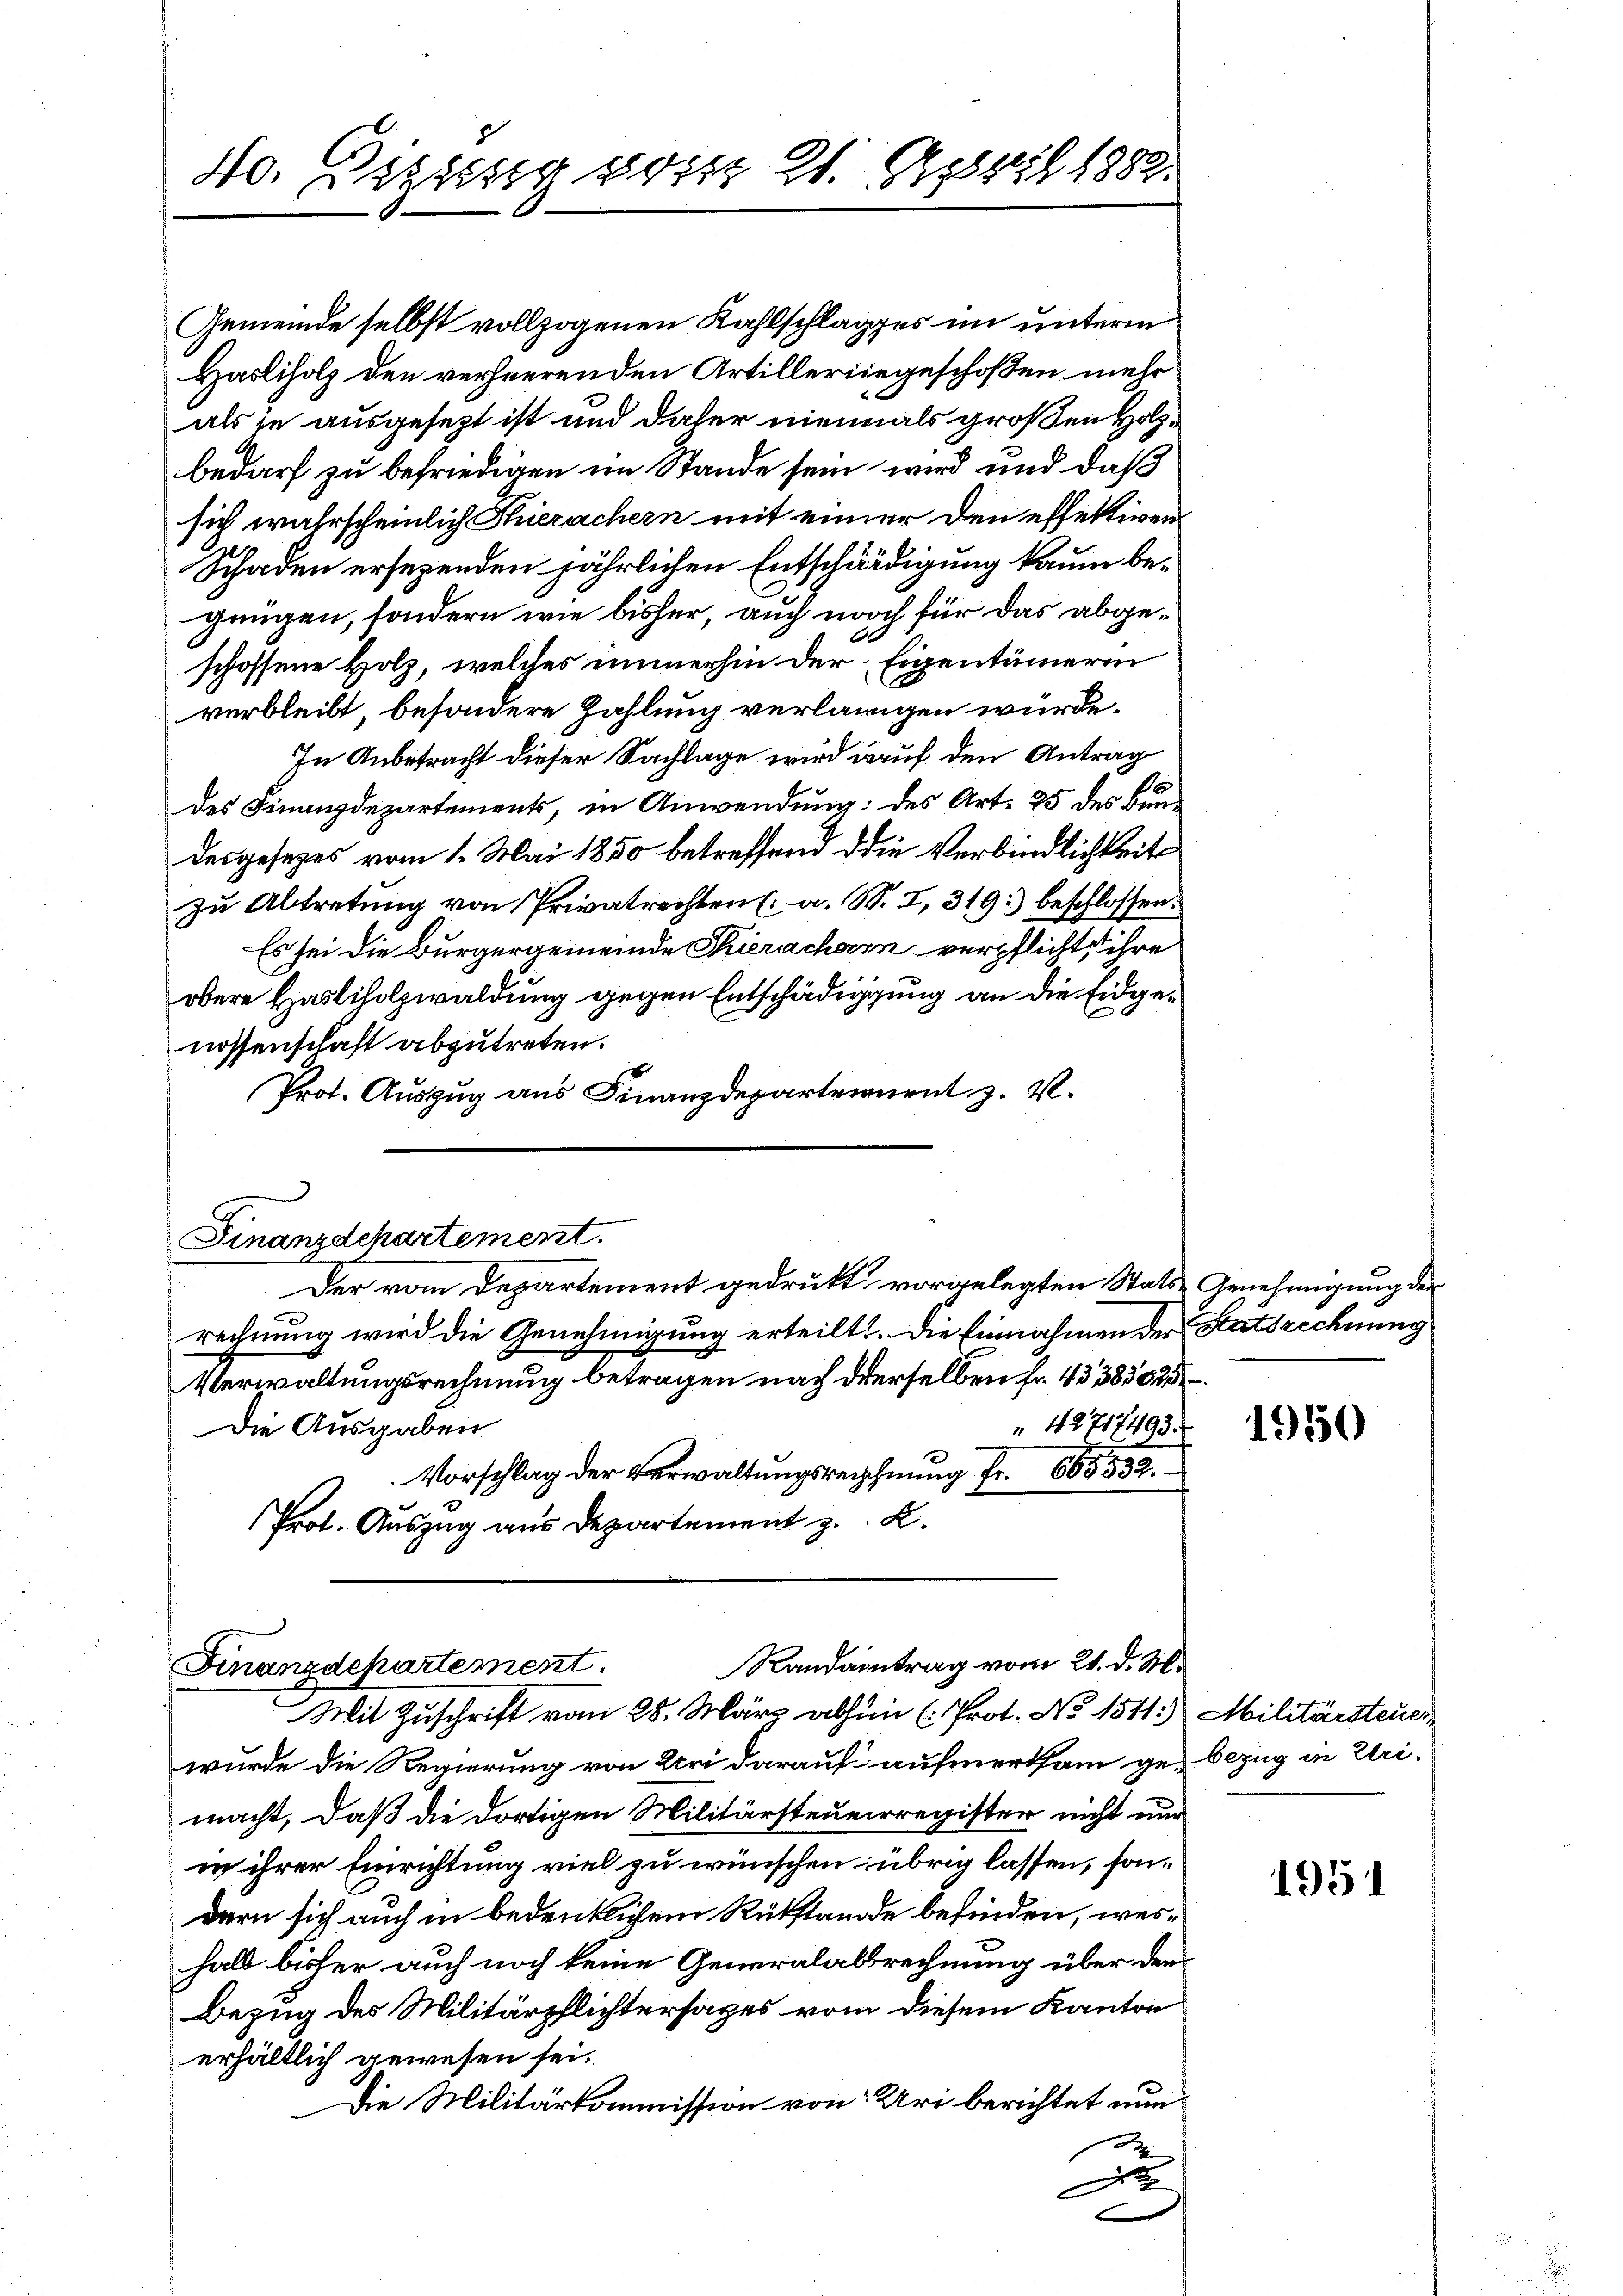
40. Legung bis 21. April 1882.

Gemeinde selbst vollzogenen Kahlschlages im unterm
Hasliholz den verheerenden Artillerliegeschoßen mehr
als je ausgesezt ist und daher niemals großen Holzbedarf zu befriedigen im Stande sein wird und daß
sich wahrscheinlich Thierachern mit einer den effektiven
Schaden ersezenden jährlichen Entschädigung kaum begungen, sondern wie bisher, auch noch für das abgeschossene Holz, welches immerhin der Eigentümerin
verbleibt, besondere Zahlung verlangen würde.
In Anbetracht dieser Sachlage wird auf den Antrag

des Finanzdepartements, in Anwendung: des Art. 25 des Bendesgesezes vom 1. Mai 1850 betreffend die Verbindlichkeits
zu Abtretung von Privatrechten (a. W. I, 319.) beschlossen:
Es sei die Bürgergemeinde Thieracharn verpflicht, ihre
obere Hasliholzwaldung gegen Entschädigung an die Eidgenossenschaft abzutreten.
Prot. Auszug aus Finanzdeparteinent z. V.

Finanzdchartement.
Der vom Departement gedrukt vorgelegten Stats- Genehmigung der

rechnung wird die Genehmigung erteilt. Die Einnahmen der Statsrechnung
Verwaltungsrechnung betragen nach derselben Fr. 43380
42717493.
Die Ausgaben
Vorschlag der Verwaltungsrechnung Fr. 665532.
Prot. Auszug aus Departement z. K.

Randantrag vom 21. d. M.
Finanzdepartement.
Mit Zuschrift vom 28. März abhin (Prot. No 1511.)

wurde die Regierung von Uri darauf aufmerksam ge-
macht, daß die dortigen Militärsteuerregister nicht nur
in ihrer Einrichtung viel zu wünschen übrig lassen, sondern sich auch in bedenklichem Rükstande befinden, weshalb bisher auch noch keine Generalabsrechnung über den
Bezug des Militärpflichtersages vom diesem Kanton
erhältlich gewesen sei.
Die Militärkommission von Uri berichtet nunz

1950

Militärsteuer
bezug in Eri¬

1951